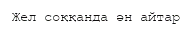
Жел соққанда ән айтар